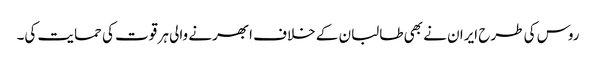
روس کی طرح ایران نے بھی طالبان کے خلاف ابھرنے والی ہر قوت کی حمایت کی۔